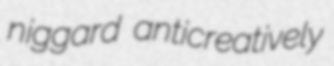
niggard anticreatively